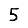
Digit: 5